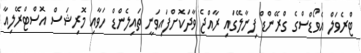
ޓްރެވަލް އެވޯޑްސްގެ ގްރޭންޑް ފިނާލޭގައި ރާއްޖެ ވާދަކޮށްފައިވަނީ ތައިލެންޑް ހަވާއި މޮރިޝަސް އޮސްޓްރޭލިއާ